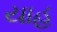
યાહ